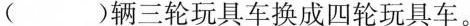
( )辆三轮玩具车换成四轮玩具车。